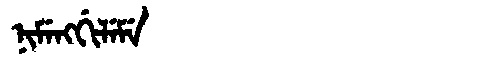
Manchu: ᠨᡳᠮᡝᠩᡤᡳᠯᡝᠮᡝ
Romanization: NIMENGGILEME